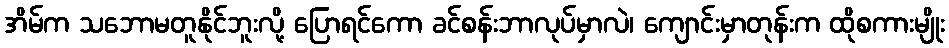
အိမ်က သဘောမတူနိုင်ဘူးလို့ ပြောရင်ကော ခင်စန်းဘာလုပ်မှာလဲ၊ ကျောင်းမှာတုန်းက ထိုစကားမျိုး